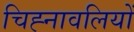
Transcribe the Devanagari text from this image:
चिह्नावलियों